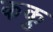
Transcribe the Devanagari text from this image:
ककु